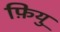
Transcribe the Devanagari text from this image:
फ़ियु